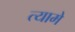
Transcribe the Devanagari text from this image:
त्यामे